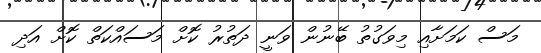
މަސް ކަމަށާއި މިވަގުތު ބޭނުން ވަނީ ދަތުރު ކޮށް މަސައްކަތް ކޮށް އަދި